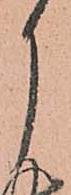
月